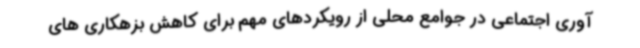
آوری اجتماعی در جوامع محلی از رویکردهای مهم برای کاهش بزهکاری های